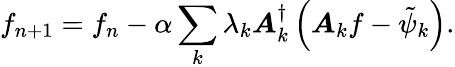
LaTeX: f_{n+1}=f_{n}-\alpha\sum_{k}\lambda_{k}\boldsymbol{A}_{k}^{\dagger}\left(\boldsymbol{A}_{k}f-\tilde{\psi}_{k}\right).